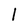
Character: 1